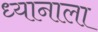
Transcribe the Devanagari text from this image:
ध्यानाला